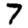
Digit: 7